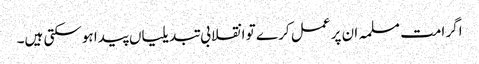
اگر امت مسلمہ ان پر عمل کر ے تو انقلابی تبدیلیاں پیدا ہوسکتی ہیں۔